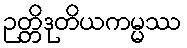
ဉတ္တိဒုတိယကမ္မဿ